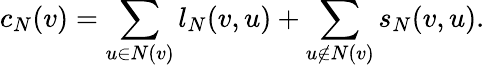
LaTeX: c_{N}(v)=\sum_{u\in N(v)}l_{N}(v,u)+\sum_{u\notin N(v)}s_{N}(v,u).